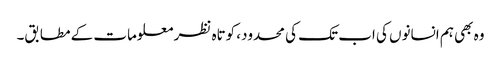
وہ بھی ہم انسانوں کی اب تک کی محدود، کوتاہ نظر معلومات کے مطابق۔